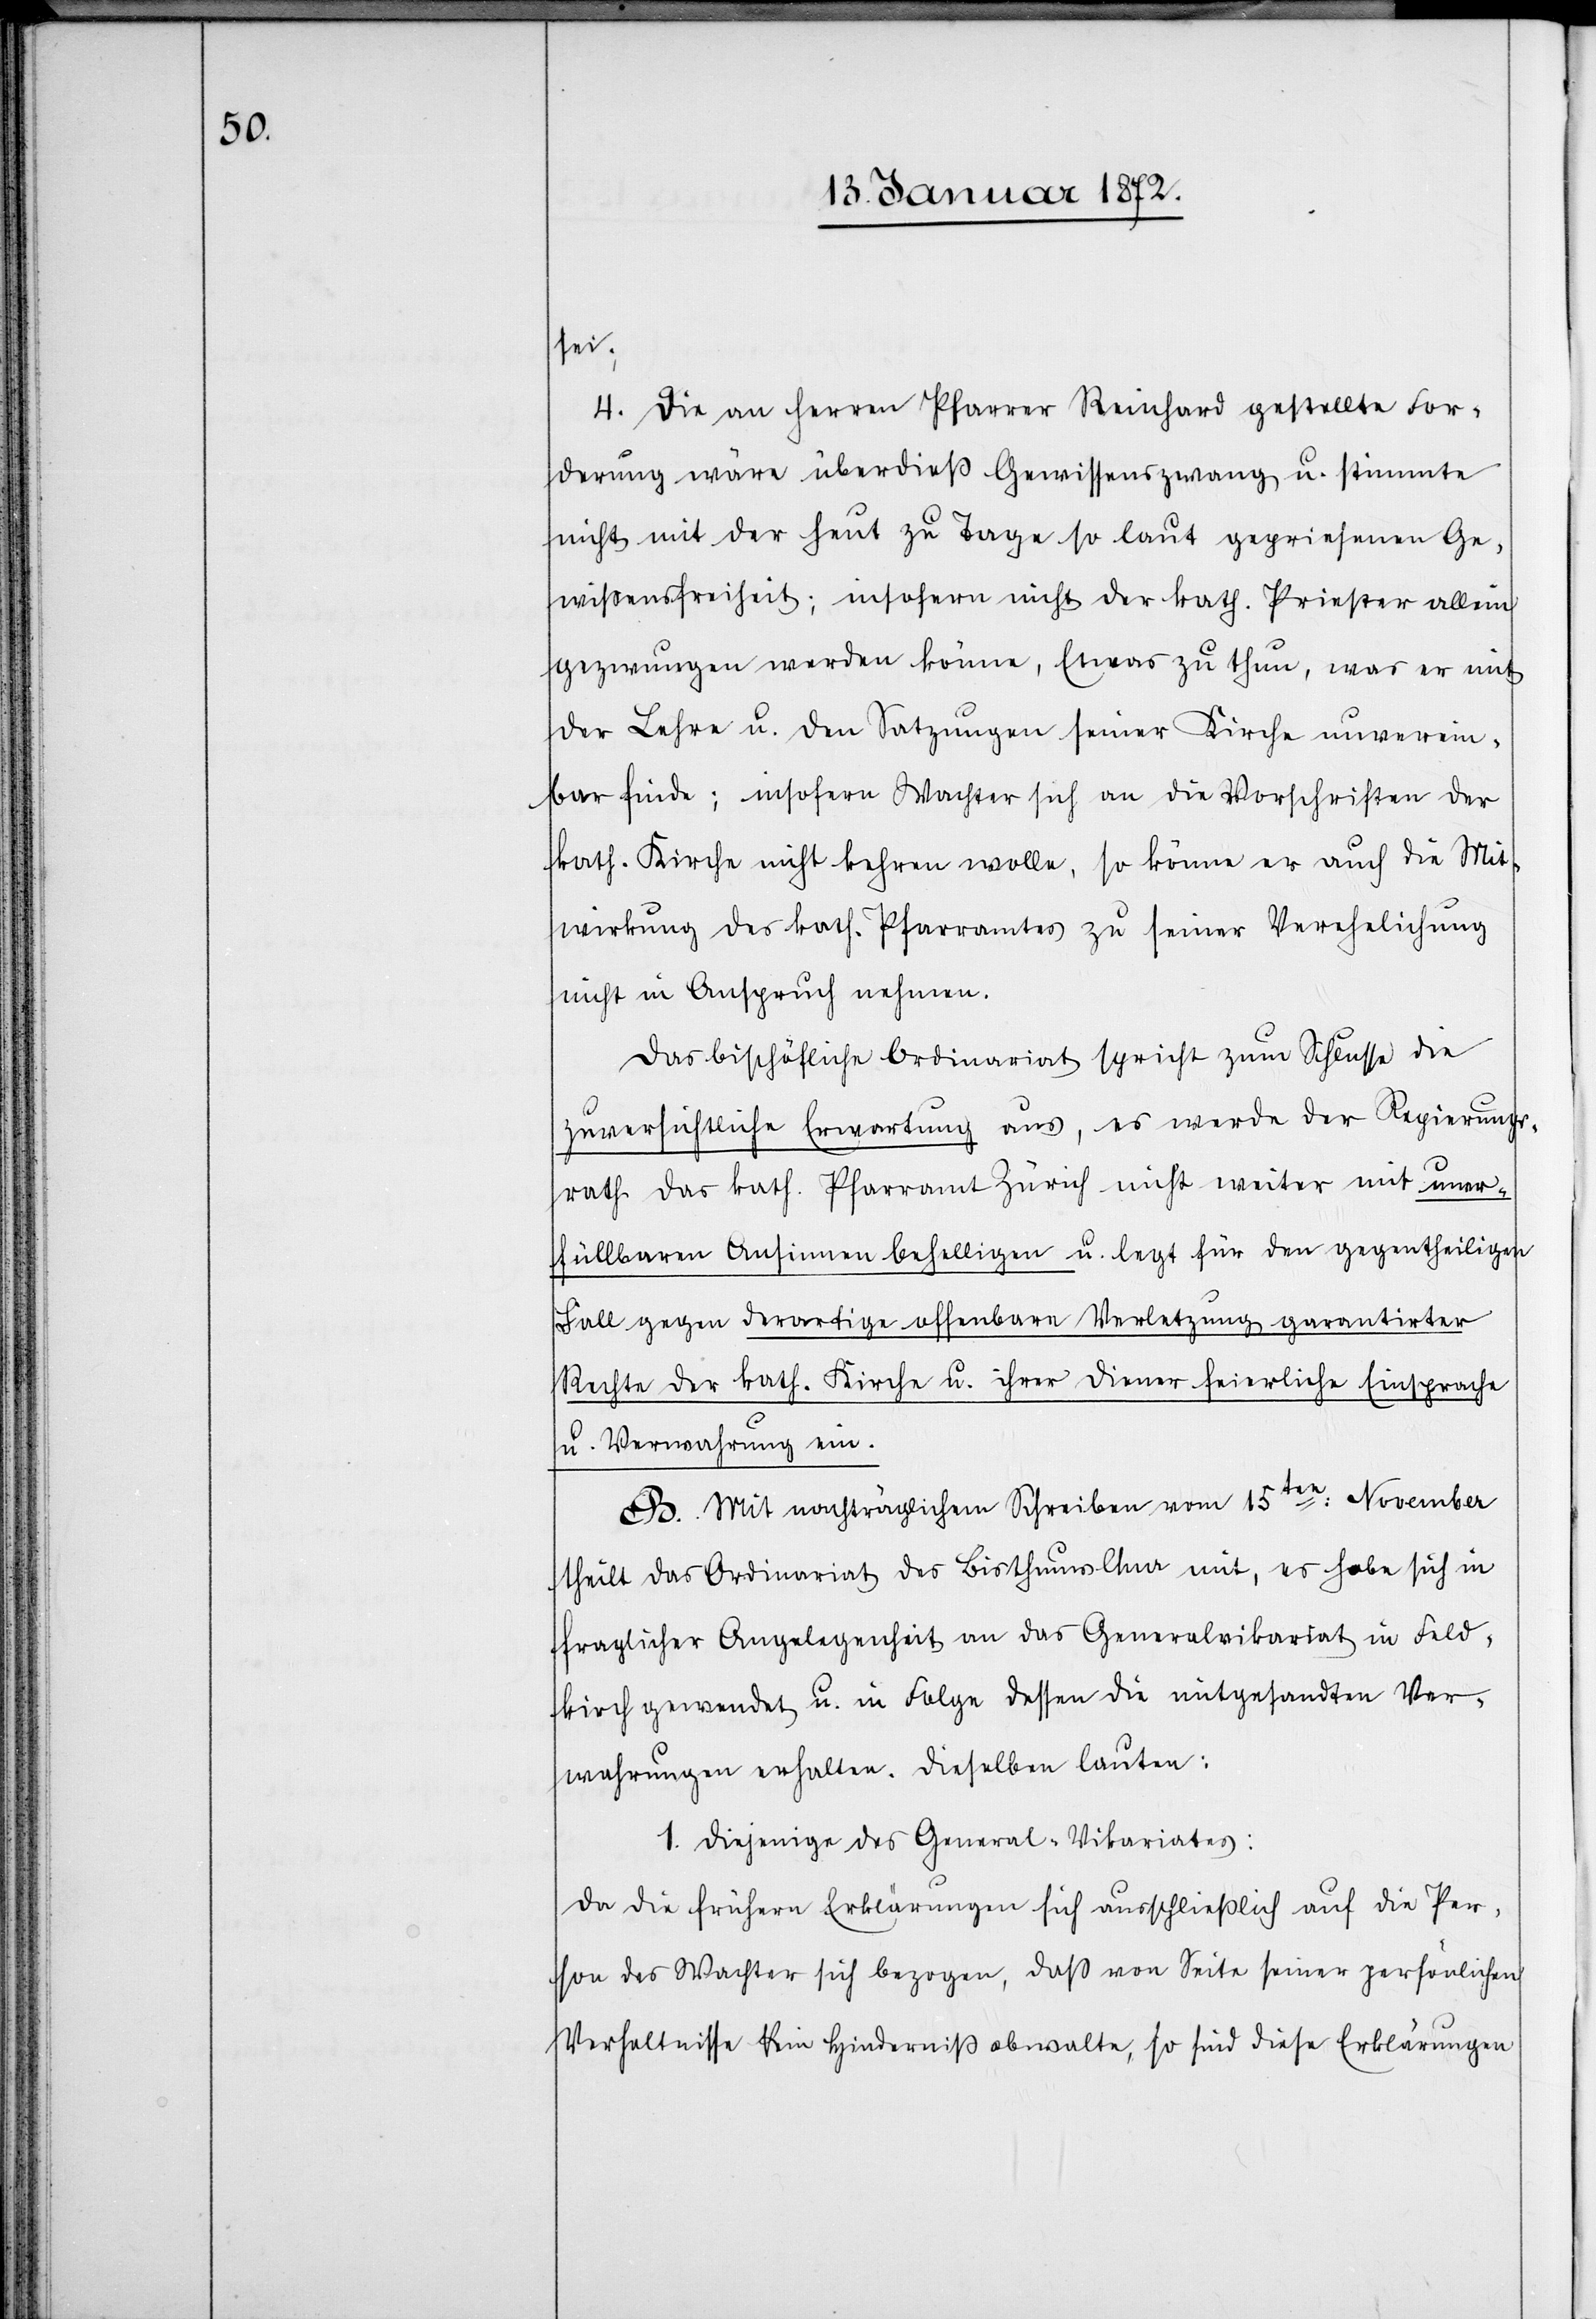
sei;
4. Die an Herren Pfarrer Reinhard gestellte For¬
derung wäre überdieß Gewissenszwang u. stimmte
nicht mit der heut zu Tage so laut gepriesenen Ge¬
wissensfreiheit; insofern nicht der kath. Priester allein
gezwungen werden könne, Etwas zu thun, was er mit
der Lehre u. den Satzungen seiner Kirche unverein¬
bar finde; insofern Wachter sich an die Vorschriften der
kath. Kirche nicht kehren wolle, so könne er auch die Mit¬
wirkung des kath. Pfarramtes zu seiner Verehelichung
nicht in Anspruch nehmen.
Das bischöfliche Ordinariat spricht zum Schlusse die
zuversichtliche Erwartung aus, es werde der Regierungs¬
rath des kath. Pfarramt Zürich nicht weiter mit uner¬
füllbaren Ansinnen behelligen u. legt für den gegentheiligen
Fall gegen derartige offenbare Verletzung garantirter
Rechte der kath. Kirche u. ihrer Diener feierliche Einsprache
u. Verwahrung ein.
B. Mit nachträglichem Schreiben vom 15ten November
theilt das Ordinariat des Bisthums Chur mit, es habe sich in
fraglicher Angelegenheit an das Generalvikariat in Feld¬
kirch gewendet u. in Folge dessen die mitgesandten Ver¬
wahrungen erhalten. Dieselben lauten:
1. Diejenige der General-Vikariates:
Da die frühern Erklärungen sich ausschließlich auf die Per¬
son des Wachter sich bezogen, daß von Seite seiner persönlichen
Verhältnisse kein Hinderniß obwalte, so sind diese Erklärungen